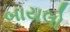
બાયલો